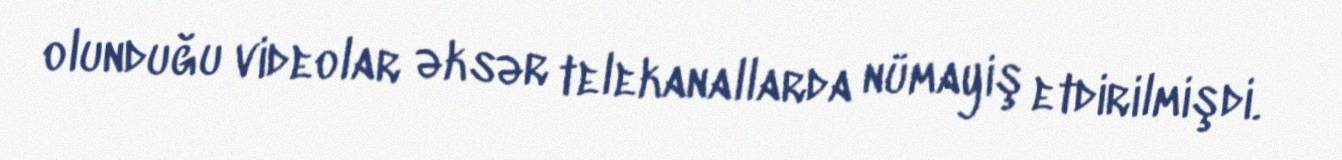
olunduğu videolar əksər telekanallarda nümayiş etdirilmişdi.